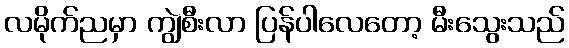
လမိုက်ညမှာ ကျွဲစီးလာ ပြန်ပါလေတော့ မီးသွေးသည်